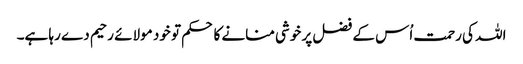
اللہ کی رحمت اُس کے فضل پر خوشی منانے کا حکم تو خود مولائے رحیم دے رہا ہے۔